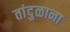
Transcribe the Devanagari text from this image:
तांदुळाना